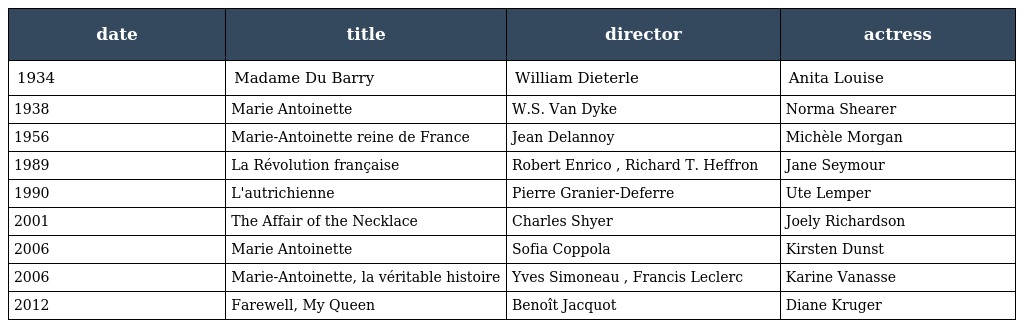
| date | title | director | actress |
 | --- | --- | --- | --- |
 | 1934 | Madame Du Barry | William Dieterle | Anita Louise |
 | 1938 | Marie Antoinette | W.S. Van Dyke | Norma Shearer |
 | 1956 | Marie-Antoinette reine de France | Jean Delannoy | Michèle Morgan |
 | 1989 | La Révolution française | Robert Enrico , Richard T. Heffron | Jane Seymour |
 | 1990 | L'autrichienne | Pierre Granier-Deferre | Ute Lemper |
 | 2001 | The Affair of the Necklace | Charles Shyer | Joely Richardson |
 | 2006 | Marie Antoinette | Sofia Coppola | Kirsten Dunst |
 | 2006 | Marie-Antoinette, la véritable histoire | Yves Simoneau , Francis Leclerc | Karine Vanasse |
 | 2012 | Farewell, My Queen | Benoît Jacquot | Diane Kruger |